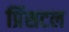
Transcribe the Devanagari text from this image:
प्रिंसटल